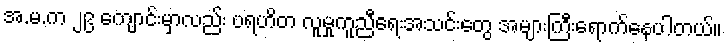
အ.မ.က ၂၉ ကျောင်းမှာလည်း ပရဟိတ လူမှုကူညီရေးအသင်းတွေ အများကြီးရောက်နေပါတယ်။